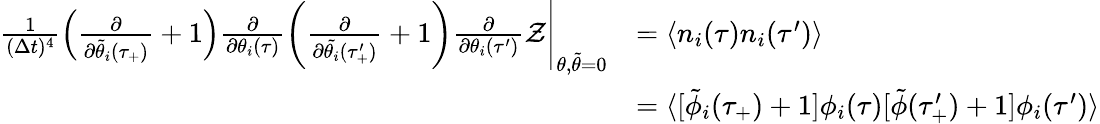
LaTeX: \begin{array}{rl}{\frac{1}{(\Delta t)^{4}}\left(\frac{\partial}{\partial\tilde{\theta}_{i}(\tau_{+})}+1\right)\frac{\partial}{\partial\theta_{i}(\tau)}\left(\frac{\partial}{\partial\tilde{\theta_{i}}(\tau_{+}^{\prime})}+1\right)\frac{\partial}{\partial\theta_{i}(\tau^{\prime})}\mathcal{Z}\Bigg|_{\theta,\tilde{\theta}=0}}&{=\langle n_{i}(\tau)n_{i}(\tau^{\prime})\rangle}\\ &{=\langle[\tilde{\phi}_{i}(\tau_{+})+1]\phi_{i}(\tau)[\tilde{\phi}(\tau_{+}^{\prime})+1]\phi_{i}(\tau^{\prime})\rangle}\end{array}